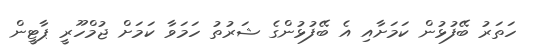
ހަތަރު ބޭފުޅުން ކަމަށާއި އެ ބޭފުޅުންގެ ޝަރުތު ހަމަވާ ކަމަށް ޖުމްހޫރީ ޕާޓީން